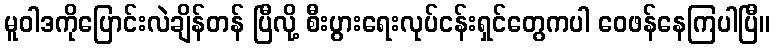
မူဝါဒကိုပြောင်းလဲချိန်တန် ပြီလို့ စီးပွားရေးလုပ်ငန်းရှင်တွေကပါ ဝေဖန်နေကြပါပြီ။